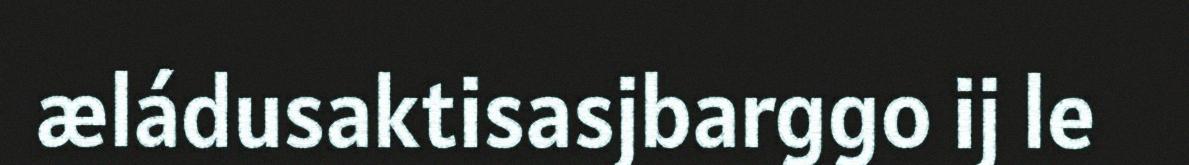
æládusaktisasjbarggo ij le